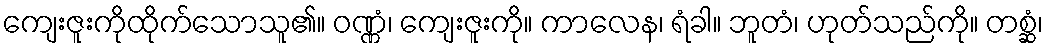
ကျေးဇူးကိုထိုက်သောသူ၏။ ဝဏ္ဏံ၊ ကျေးဇူးကို။ ကာလေန၊ ရံခါ။ ဘူတံ၊ ဟုတ်သည်ကို။ တစ္ဆံ၊